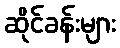
ဆိုင်ခန်းများ